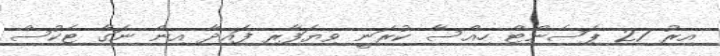
އިރު 27 ޕަސެންޓް ހިއްސާ ކުރަނީ ވިޔަފާރި ފައިދާ އިން ނަގާ ޓެކުސް